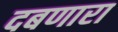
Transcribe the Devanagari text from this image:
दबणारा